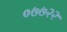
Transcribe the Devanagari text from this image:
०७७२२